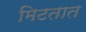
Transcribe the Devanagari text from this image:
मिटतात